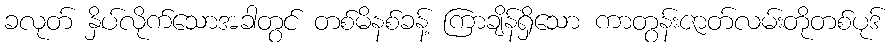
ခလုတ် နှိပ်လိုက်သောအခါတွင် တစ်မိနစ်ခန့် ကြာချိန်ရှိသော ကာတွန်းဇာတ်လမ်းတိုတစ်ပုဒ်